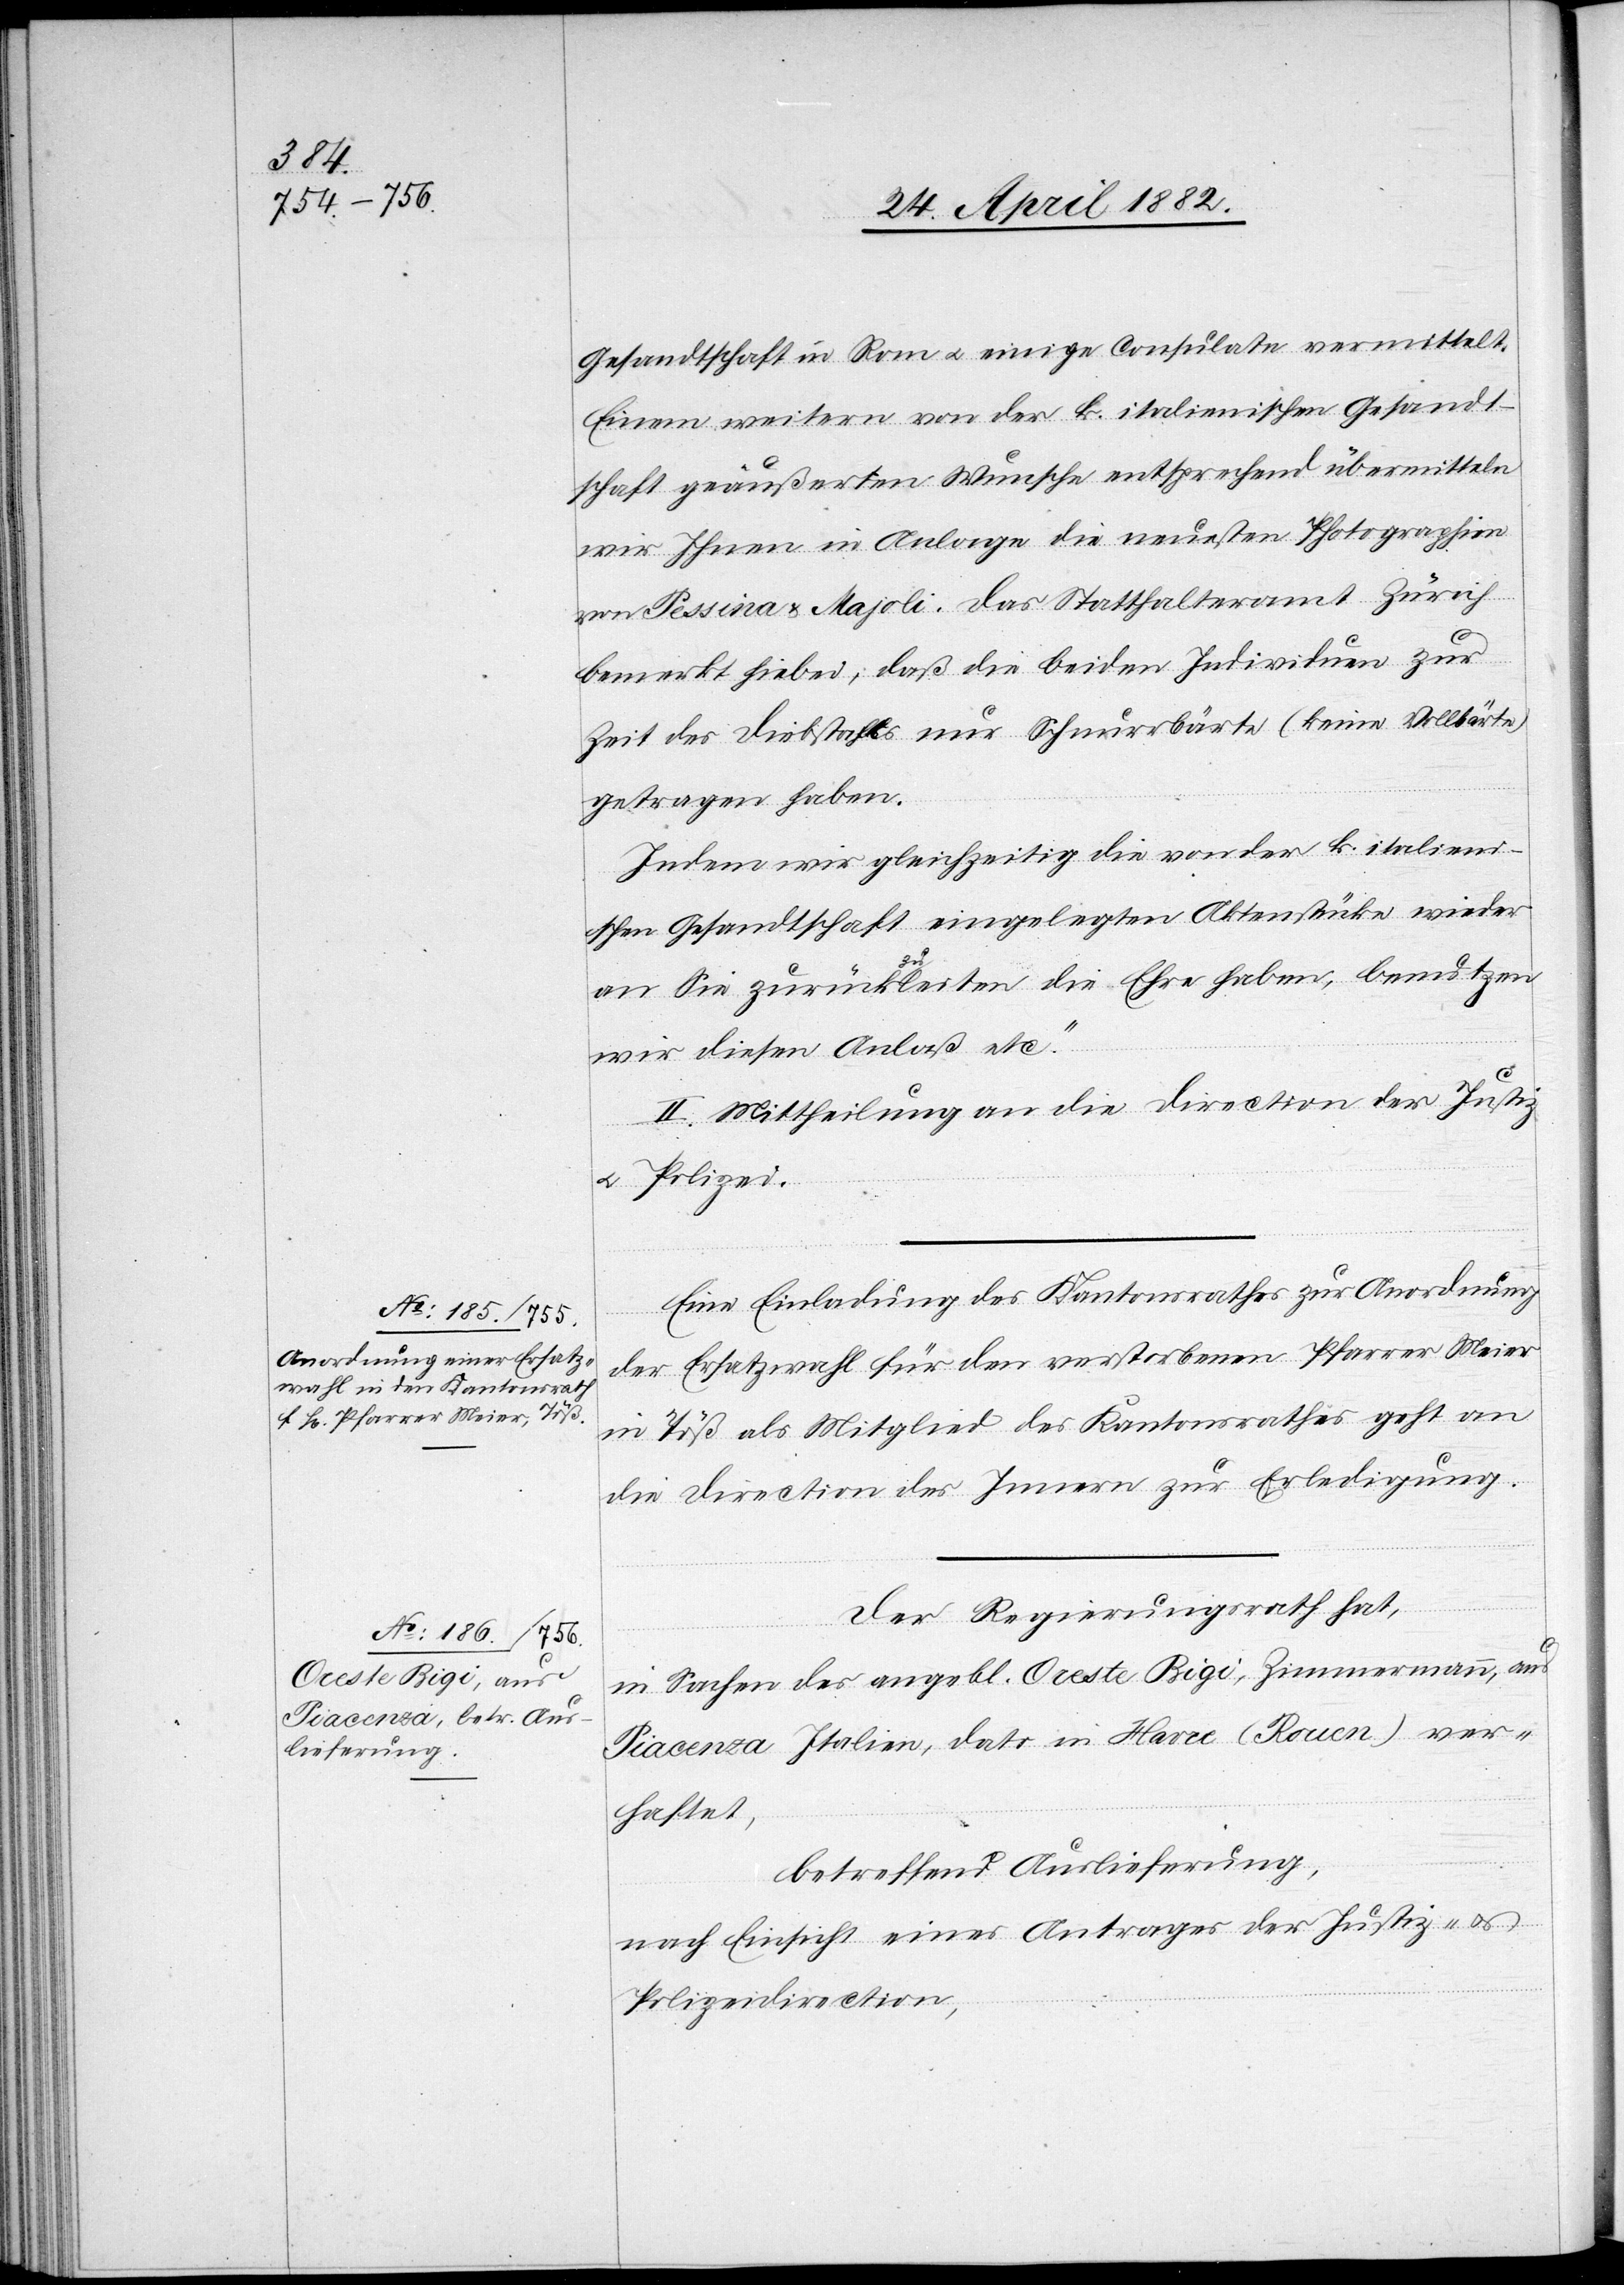
24. April 1882.]
Gesandtschaft in Rom u. einige Consulate vermittelt.
Einem weitern von der k. italienischen Gesandt¬
schaft geäußerten Wunsche entsprechend übermitteln
wir Ihnen in Anlage die neuesten Photographien
von Pessina & Majoli. Das Statthalteramt Zürich
bemerkt hiebei, daß die beiden Individuen zur
Zeit des Diebstahls nur Schnurrbärte (keine Vollbärte)
getragen haben.
Indem wir gleichzeitig die von der k. italieni¬
schen Gesandtschaft eingelegten Aktenstücke wieder
an Sie zurückzuleiten die Ehre haben, benutzen
wir diesen Anlaß etc.“
II. Mittheilung an die Direction der Justiz
u. Polizei.
Eine Einladung des Kantonsrathes zur Anordnung
einer Ersatzwahl für den verstorbenen Pfarrer Meier
in Töß als Mitglied des Kantonsrathes geht an
die Direction des Innern zur Erledigung.
Der Regierungsrath hat,
in Sachen des angebl. Oreste Rigi, Zimmermann, aus
Piacenza Italien, dato in Havre (Rouen) ver¬
haftet,
betreffend Auslieferung,
nach Einsicht eines Antrages der Justiz- u.
Polizeidirection,